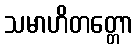
သမာဟိတတ္တော